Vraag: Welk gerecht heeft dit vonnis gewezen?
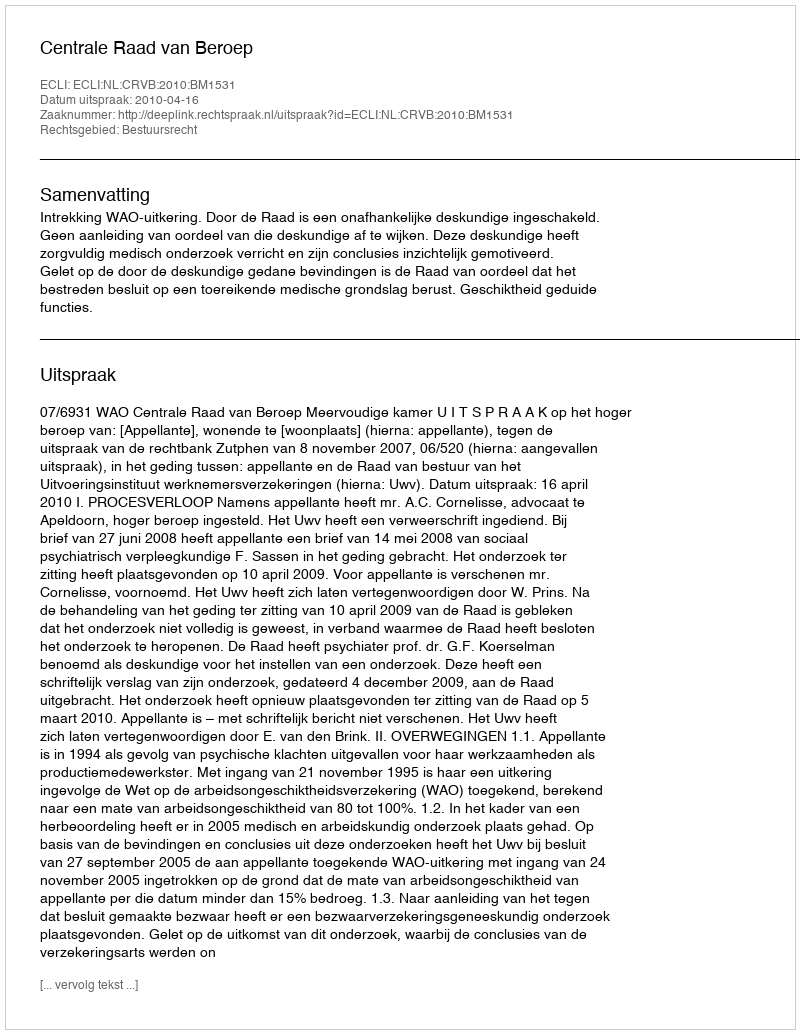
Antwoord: Centrale Raad van Beroep